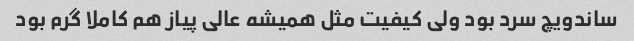
ساندویچ سرد بود ولى کیفیت مثل همیشه عالى پیاز هم کاملا گرم بود